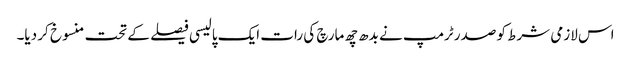
اس لازمی شرط کو صدر ٹرمپ نے بدھ چھ مارچ کی رات ایک پالیسی فیصلے کے تحت منسوخ کر دیا۔